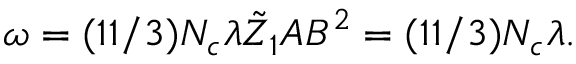
\omega = ( 1 1 / 3 ) N _ { c } \lambda \tilde { Z } _ { 1 } A B ^ { 2 } = ( 1 1 / 3 ) N _ { c } \lambda .